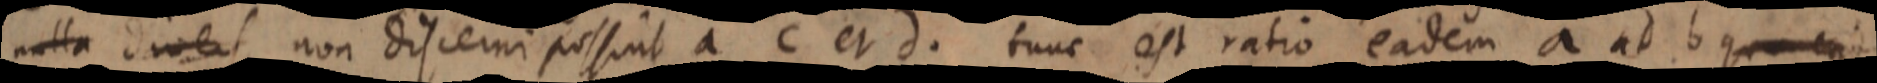
nulla divers non discerni possint a c et d, tunc est ratio eadem a ad b